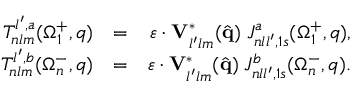
\begin{array} { r l r } { { \cal T } _ { n l m } ^ { l ^ { \prime } , a } ( \Omega _ { 1 } ^ { + } , q ) } & { = } & { \boldsymbol { \varepsilon } \cdot \mathbf { V } _ { l ^ { \prime } l m } ^ { * } ( \hat { \mathbf { q } } ) \; { \cal J } _ { n l l ^ { \prime } , 1 s } ^ { a } ( \Omega _ { 1 } ^ { + } , q ) , } \\ { { \cal T } _ { n l m } ^ { l ^ { \prime } , b } ( \Omega _ { n } ^ { - } , q ) } & { = } & { \boldsymbol { \varepsilon } \cdot \mathbf { V } _ { l ^ { \prime } l m } ^ { * } ( \hat { \mathbf { q } } ) \; { \cal J } _ { n l l ^ { \prime } , 1 s } ^ { b } ( \Omega _ { n } ^ { - } , q ) . } \end{array}